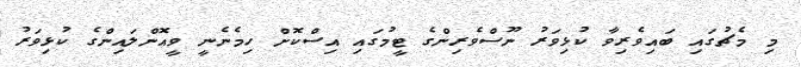
މި މެޗުގައި ބައިވެރިވާ ކުޅިވަރު ނޫސްވެރިންގެ ޓީމުގައި އިސްކޮށް ހިމެނެނީ ވީއޮންލައިންގެ ކުޅިވަރު